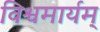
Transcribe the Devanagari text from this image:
विश्वमार्यम्‌